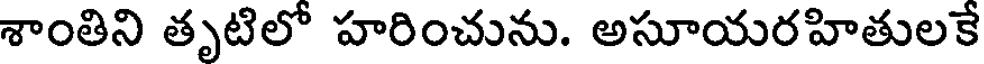
శాంతిని తృటిలో హరించును. అసూయరహితులకే